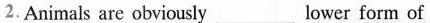
2.Animals are obviously_lower form of